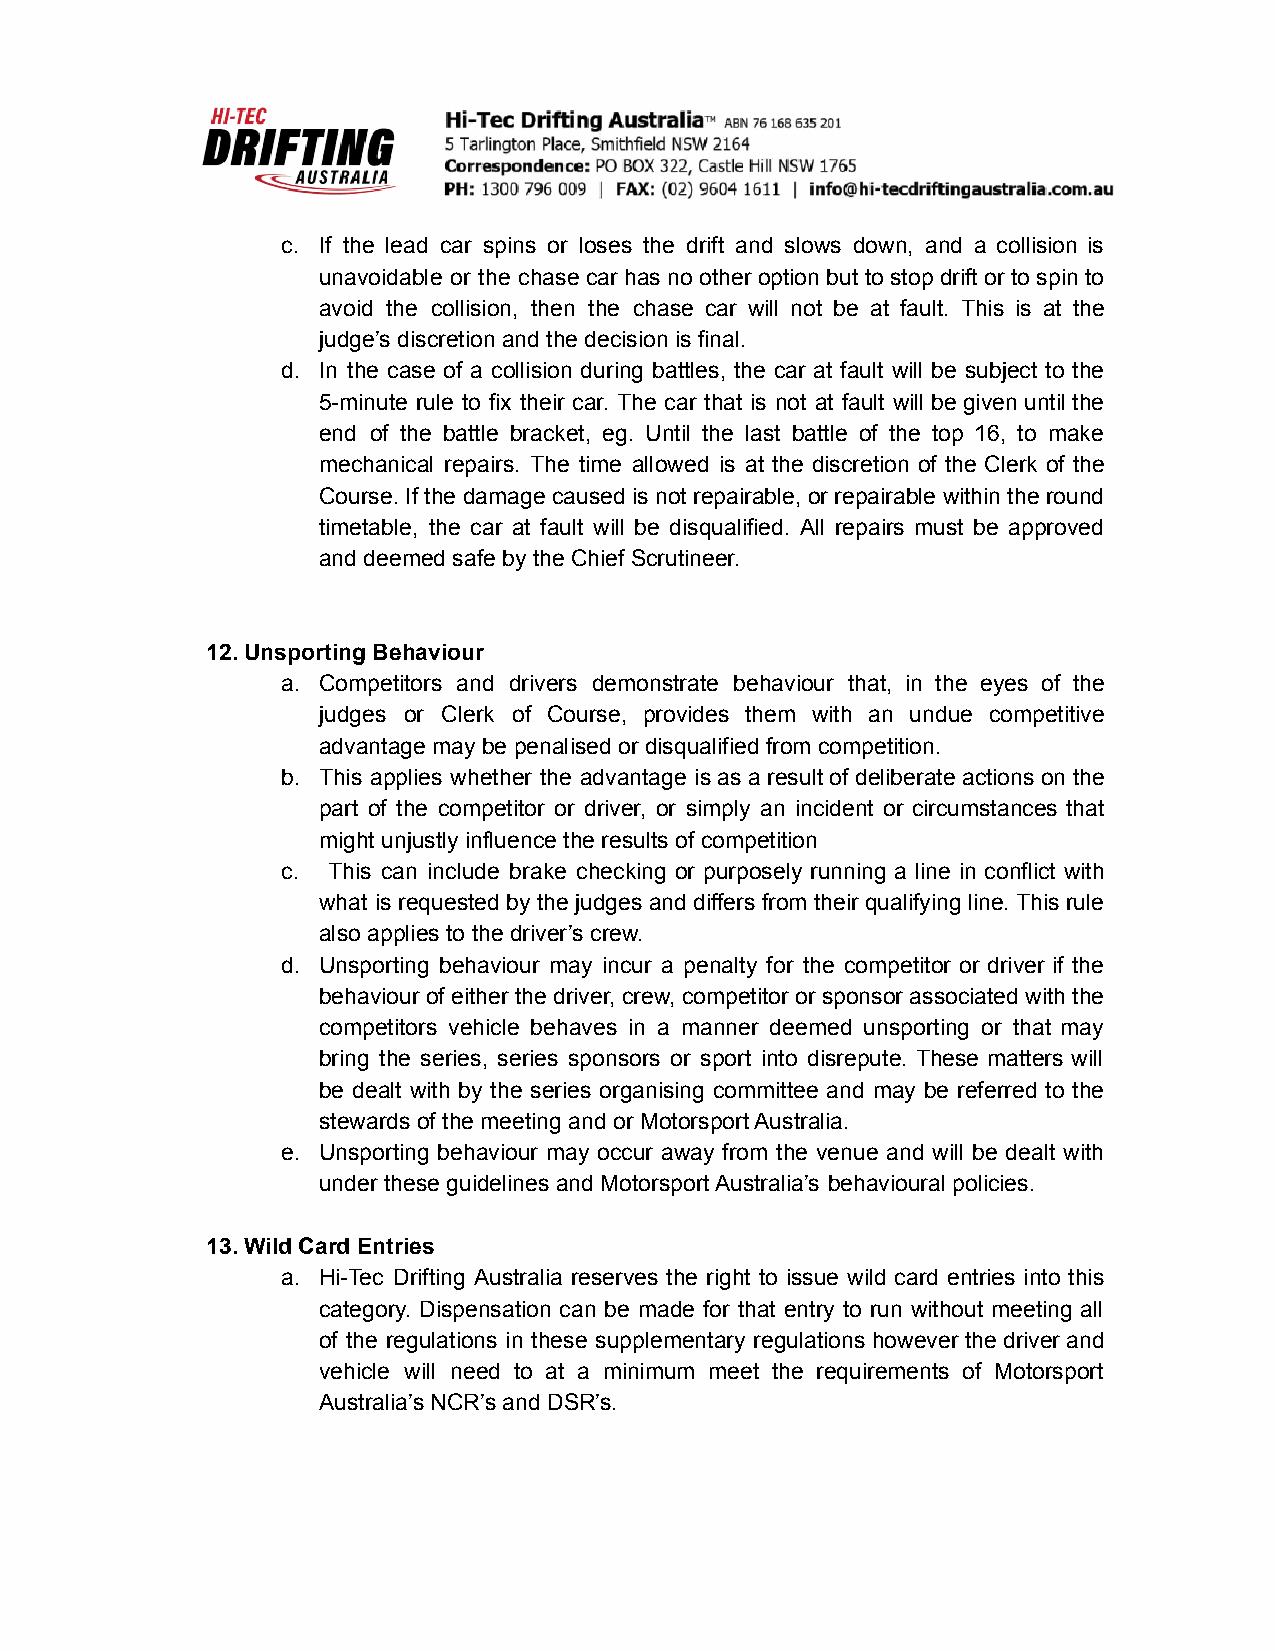
c. If the lead car spins or loses the drift and slows down, and a collision is
 unavoidable or the chase car has no other option but to stop drift or to spin to
 avoid the collision, then the chase car will not be at fault. This is at the
 judge’s discretion and the decision is final.
 d. In the case of a collision during battles, the car at fault will be subject to the
 5-minute rule to fix their car. The car that is not at fault will be given until the
 end of the battle bracket, eg. Until the last battle of the top 16, to make
 mechanical repairs. The time allowed is at the discretion of the Clerk of the
 Course. If the damage caused is not repairable, or repairable within the round
 timetable, the car at fault will be disqualified. All repairs must be approved
 and deemed safe by the Chief Scrutineer.
 12.Unsporting Behaviour
 a. Competitors and drivers demonstrate behaviour that, in the eyes of the
 judges or Clerk of Course, provides them with an undue competitive
 advantage may be penalised or disqualified from competition.
 b. This applies whether the advantage is as a result of deliberate actions on the
 part of the competitor or driver, or simply an incident or circumstances that
 might unjustly influence the results of competition
 c. This can include brake checking or purposely running a line in conflict with
 what is requested by the judges and differs from their qualifying line. This rule
 also applies to the driver’s crew.
 d. Unsporting behaviour may incur a penalty for the competitor or driver if the
 behaviour of either the driver, crew, competitor or sponsor associated with the
 competitors vehicle behaves in a manner deemed unsporting or that may
 bring the series, series sponsors or sport into disrepute. These matters will
 be dealt with by the series organising committee and may be referred to the
 stewards of the meeting and or Motorsport Australia.
 e. Unsporting behaviour may occur away from the venue and will be dealt with
 under these guidelines and Motorsport Australia’s behavioural policies.
 13.Wild Card Entries
 a. Hi-Tec Drifting Australia reserves the right to issue wild card entries into this
 category. Dispensation can be made for that entry to run without meeting all
 of the regulations in these supplementary regulations however the driver and
 vehicle will need to at a minimum meet the requirements of Motorsport
 Australia’s NCR’s and DSR’s.